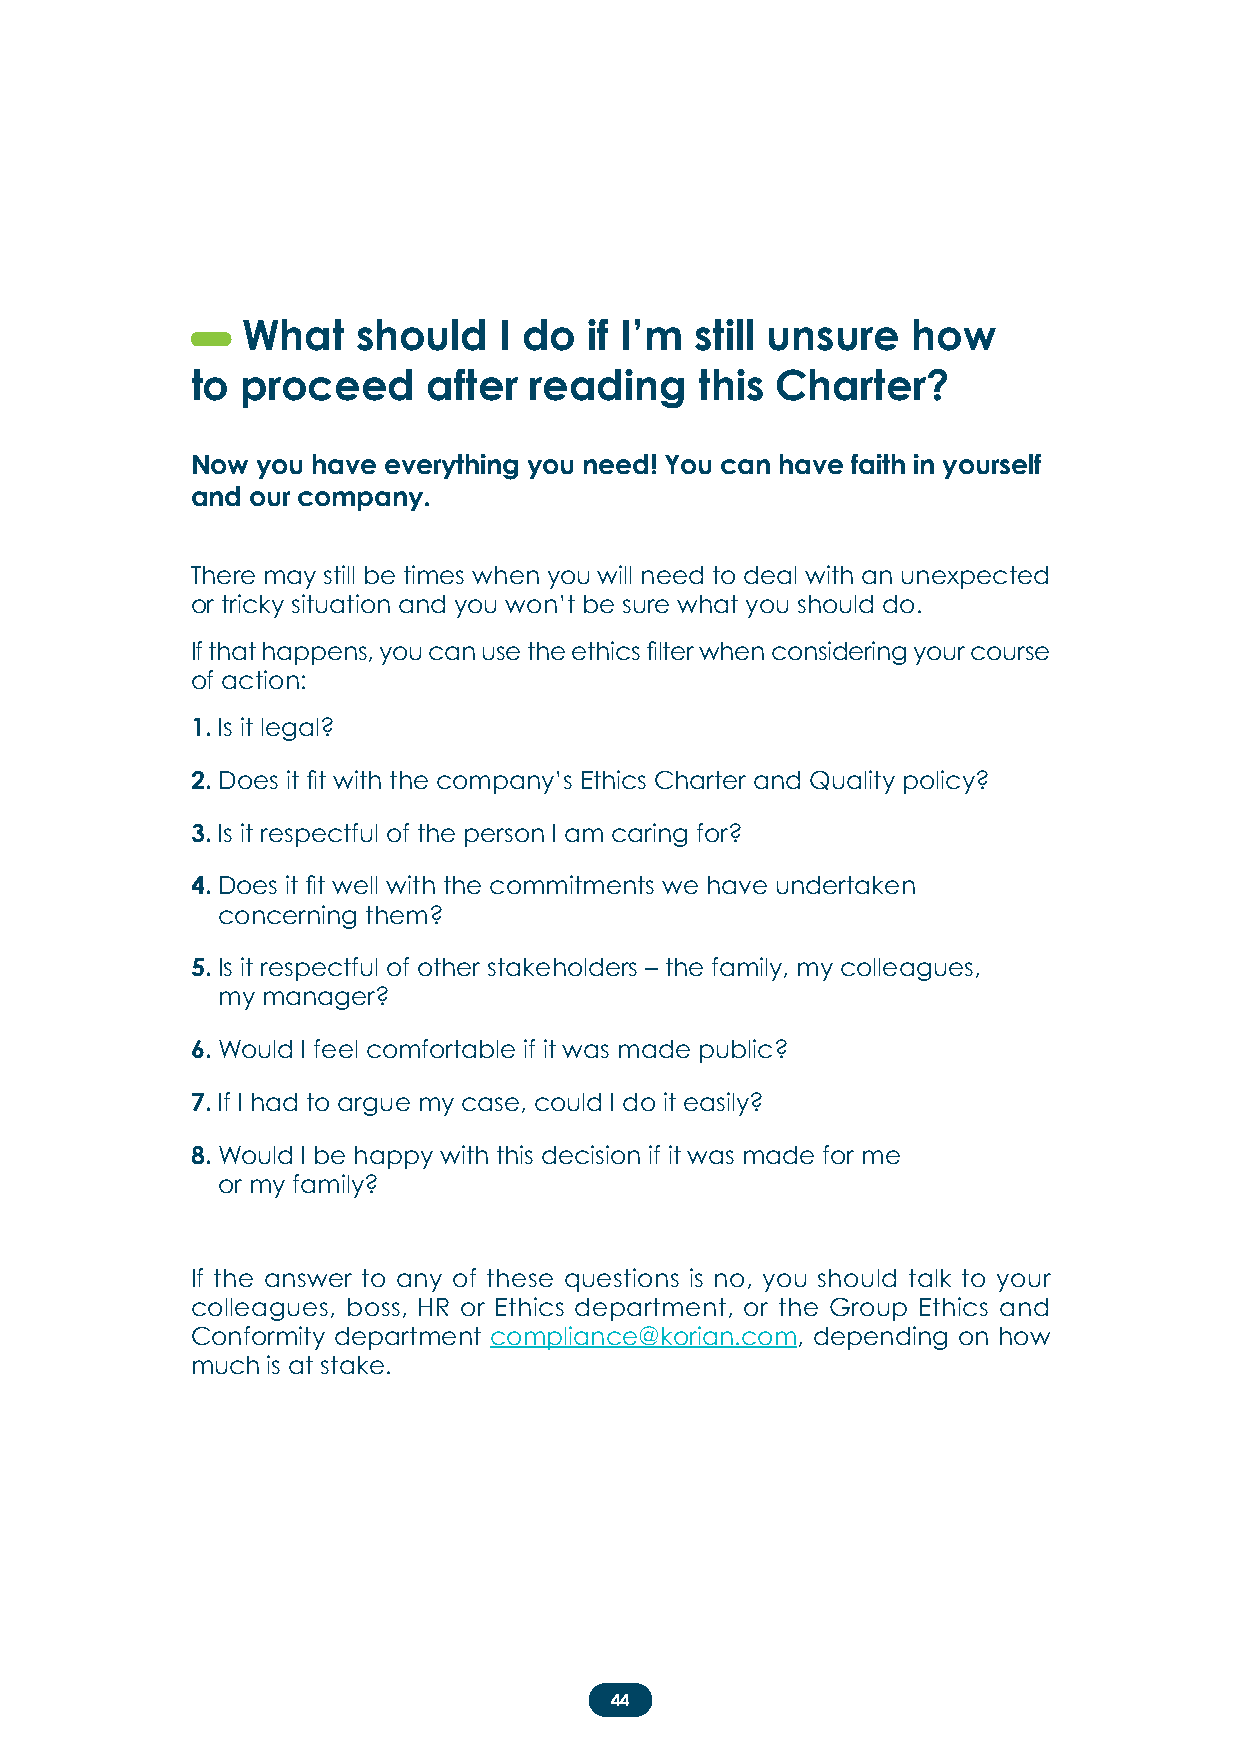
What    should   I do  if I’m still unsure  how
 to proceed     after  reading    this Charter?
 Now you have everything you need! You can have faith in yourself
 and our company.
 There may still be times when you will need to deal with an unexpected
 or tricky situation and you won’t be sure what you should do.
 If that happens, you can use the ethics filter when considering your course
 of action:
 1. Is it legal?
 2. Does it fit with the company’s Ethics Charter and Quality policy?
 3. Is it respectful of the person I am caring for?
 4. Does it fit well with the commitments we have undertaken
 concerning them?
 5. Is it respectful of other stakeholders – the family, my colleagues,
 my manager?
 6. Would I feel comfortable if it was made public?
 7. If I had to argue my case, could I do it easily?
 8. Would I be happy with this decision if it was made for me
 or my family?
 If the answer to any of these questions is no, you should talk to your
 colleagues, boss, HR or Ethics department, or the Group Ethics and
 Conformity department compliance@korian.com, depending on how
 much is at stake.
 44